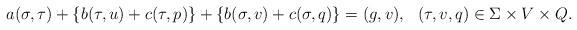
LaTeX: \begin{align*} \begin{aligned} a(\sigma, \tau) + \{b(\tau,u) + c(\tau,p)\} + \{b(\sigma,v) + c(\sigma, q)\} &= (g,v), && (\tau, v, q) \in \Sigma \times V \times Q. \end{aligned}\end{align*}